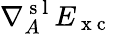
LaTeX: \nabla_{A}^{\mathrm{~s~l~}}E_{\mathrm{~x~c~}}